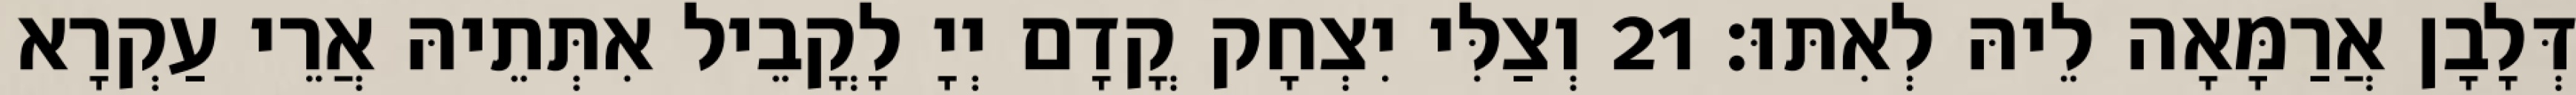
דְּלָבָן אֲרַמָּאָה לֵיהּ לְאִתּוּ׃ 21 וְצַלִּי יִצְחָק קֳדָם יְיָ לָקֳבֵיל אִתְּתֵיהּ אֲרֵי עַקְרָא